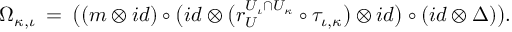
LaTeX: \Omega _ { \kappa , \iota } \: = \: \big ( ( m \otimes i d ) \circ \big ( i d \otimes \big ( r _ { U } ^ { U _ { \iota } \cap U _ { \kappa } } \circ \tau _ { \iota , \kappa } \big ) \otimes i d \big ) \circ ( i d \otimes \Delta ) \big ) .